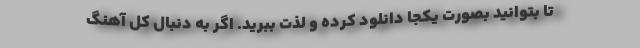
تا بتوانید بصورت یکجا دانلود کرده و لذت ببرید. اگر به دنبال کل آهنگ